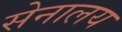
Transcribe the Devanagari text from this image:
सेनालय